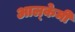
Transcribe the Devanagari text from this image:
आल्‍केमी